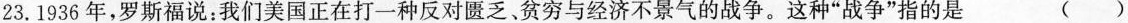
23.1936年，罗斯福说：我们美国正在打一种反对匮乏、贫穷与经济不景气的战争。这种”战争”指的是 ()